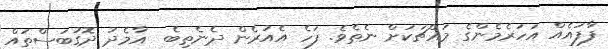
ފާފައެއް އަހަރެމެންގެ މައްޗަކަށް ނެތެވެ. ފަހެ އެއުރެން ދެނެތިބެ  އާމެދު ދޮގުބަސްތައް